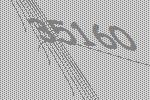
35160